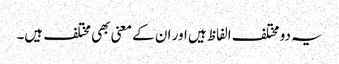
یہ دو مختلف الفاظ ہیں اور ان کے معنی بھی مختلف ہیں۔